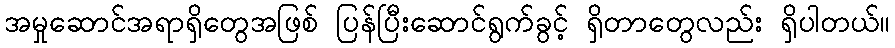
အမှုဆောင်အရာရှိတွေအဖြစ် ပြန်ပြီးဆောင်ရွက်ခွင့် ရှိတာတွေလည်း ရှိပါတယ်။